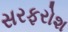
સરફરોશ